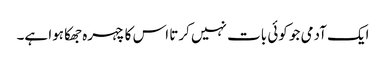
ایک آدمی جو کوئی بات نہیں کرتا اس کا چہرہ جھکا ہوا ہے۔